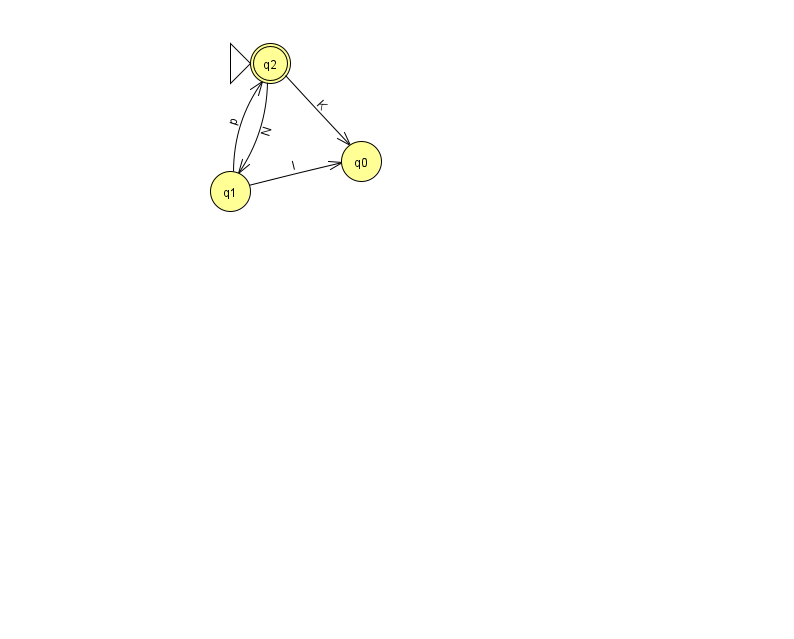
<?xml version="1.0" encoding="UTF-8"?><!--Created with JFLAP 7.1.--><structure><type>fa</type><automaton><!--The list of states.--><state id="0" name="q0"><x>361.0</x><y>148.0</y></state><state id="1" name="q1"><x>230.0</x><y>178.0</y></state><state id="2" name="q2"><x>270.0</x><y>50.0</y><initial/><final/></state><!--The list of transitions.--><transition><from>2</from><to>0</to><read>K</read></transition><transition><from>2</from><to>1</to><read>N</read></transition><transition><from>1</from><to>2</to><read>p</read></transition><transition><from>1</from><to>0</to><read>I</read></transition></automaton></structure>